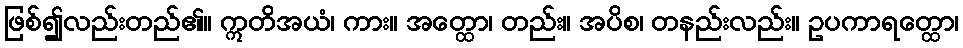
ဖြစ်၍လည်းတည်၏။ ဣတိအယံ၊ ကား။ အတ္ထော၊ တည်း။ အပိစ၊ တနည်းလည်း။ ဥပကာရတ္ထော၊